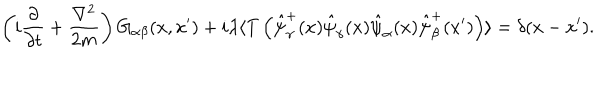
\left( i \frac { \partial } { \partial t } + \frac { \nabla ^ { 2 } } { 2 m } \right) G _ { \alpha \beta } ( x , x ^ { \prime } ) + i \lambda \langle T \left( \hat { \psi } _ { \gamma } ^ { + } ( x ) \hat { \psi } _ { \gamma } ( x ) \hat { \psi } _ { \alpha } ( x ) \hat { \psi } _ { \beta } ^ { + } ( x ^ { \prime } ) \right) \rangle = \delta ( x - x ^ { \prime } ) .